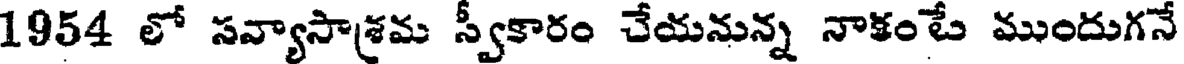
1954 లో సవ్యాసాశ్రమ స్వీకారం చేయనున్న నాకంటే ముందుగనే